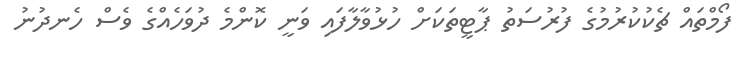
ފޯމްތައް ޗެކުކުރުމުގެ ފުރުސަތު ޕާޓީތަކަށް ހުޅުވާލާފައި ވަނީ ކޮންމެ ދުވަހެއްގެ ވެސް ހެނދުނު